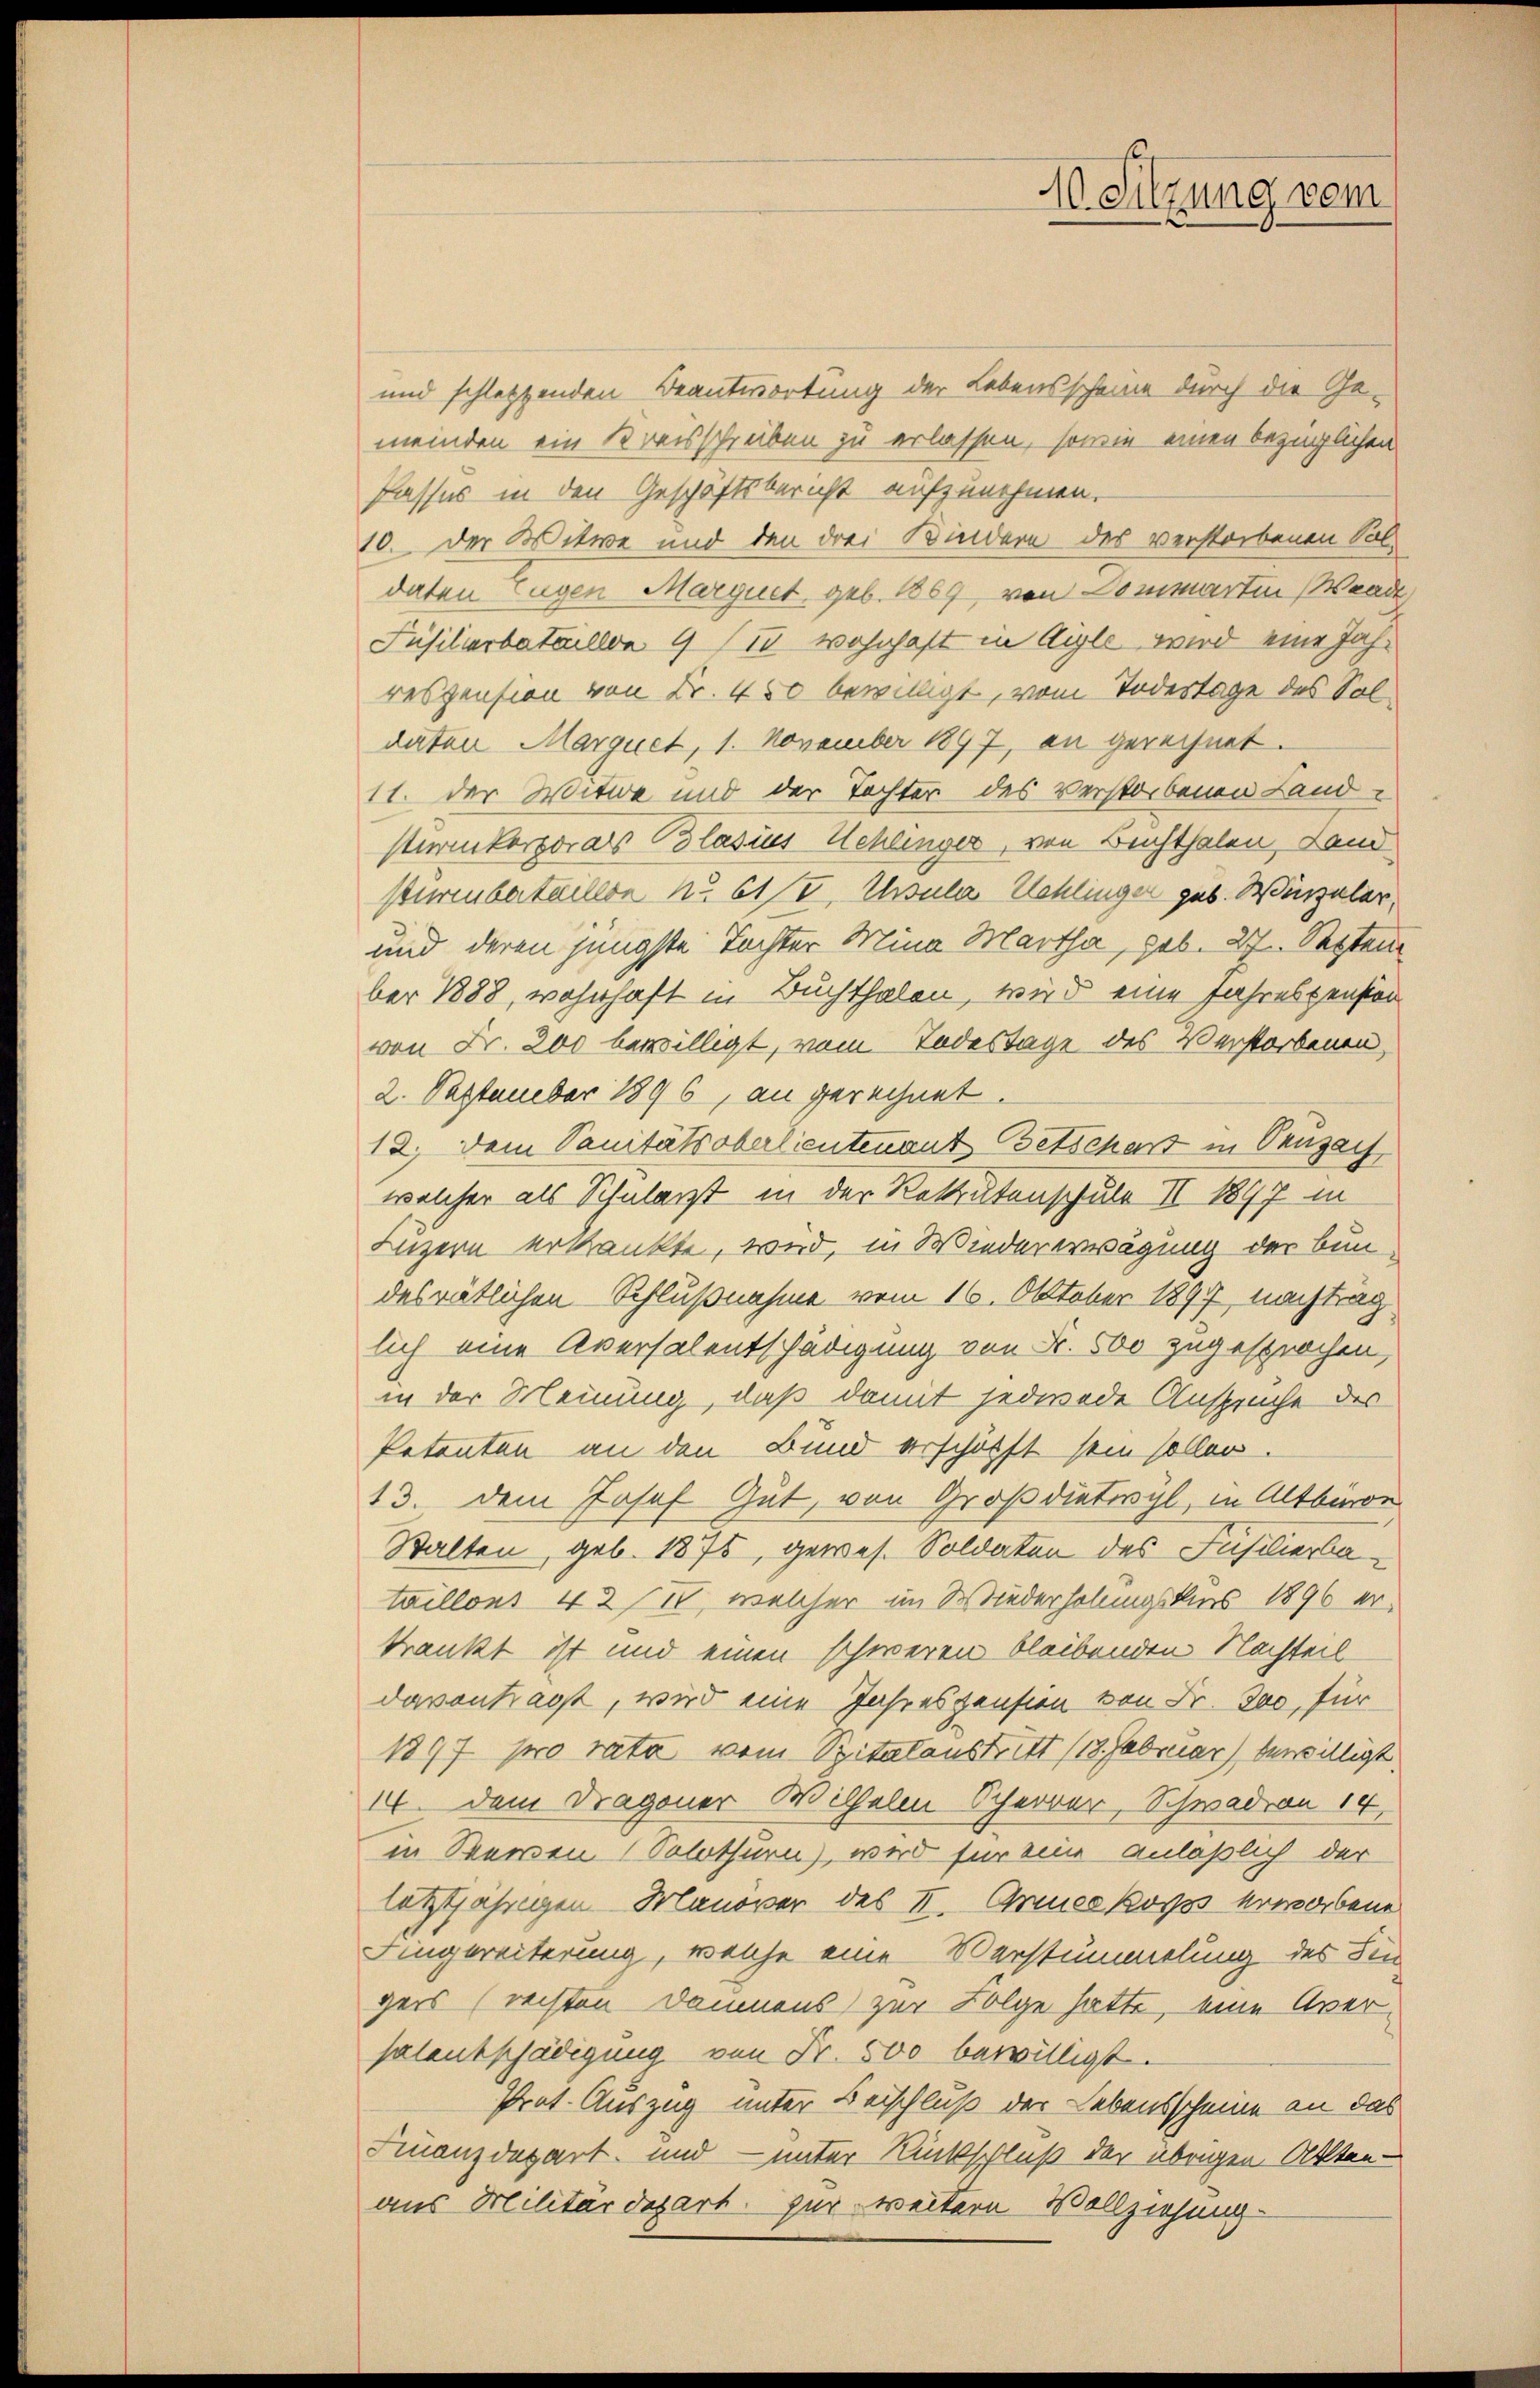
und schletztenden Beantwortung der Lebensscheine durch die Gemeinden ein Kreisschreiben zu erlassen, sowie einen bezüglichen
Passus in den Geschäftsbericht aufzunehmen.
10. der Witwe und den drei Kindern des verstorbenen Soldaten Eugen Marquet, geb. 1869, von Commartin Waad
Füsilierbataillon 9 (14 wohnhaft in Ayle wird eine Jahrespension von Fr. 450 bewilligt, vom Todestage des Soldaten Marquet, 1. November 1897, an gerechnet.
11. der Witwe und der Tochter des verstorbenen Land¬
Karikorporars Blasies Schlinger, von Beichthalen, Land
pturenbataillon No. 613, Ursula Schlinger geb. Wurzeler,
und deren jüngste Tochter Mina Martha, geb. 27. Septem
ber 1888, wohnhaft in Buchthalen, wird eine Jahrespension
von Fr. 200 bewilligt, vom Todestage des Verstorbenen,
2. September 1896, an gerechnet.
12. Dem Sanitätsoberlientenant Betschart in Penzau
welcher als Schularzt in der Rekrutenschule II 1897 in
Luzern erkankte, wird, in Wiedererwägung der Bundesrätlichen Schlußnahme vom 16. Oktober 1897 nachtrag
lich eine Aversalentschädigung von Fr. 500 zugesprochen,
in der Meinung, daß damit jederede Anspruche des
Petenten an den Bund erschöfft sein sollen.
13. dem Josef Gut, von Großdietwyl, in Altburge
Stalten, geb. 1875, gewes. Soldaten des Insilierbataillons 422, welcher im Wiederholungskurs 1896 erkrankt ist und einen schweren bleibenden Nachteil
davontragt, wird eine Jahreszension von Fr. Jac, für
1897 pro rata vom Pitatanstritt (13. Februar) bewilligt
14. Dem Dragoner Wilhelm Scherrer, Schwadon 14
in Seren Solothurn), wird für eine anläßlich der
letztjährigen Banover des II. Armeekorps erworbene
Eingereiterung, welche eine Verstümmelung des Hin
gers (rechten Dammens zur Folge hatte, eine Aversalentschädigung von Fr. 500 bewilligt.
Prot. Auszug unter Beischluß der Lebensscheine an das
Finanzdepart und — unter Rückschluß der übrigen Akten-
aus Militärdepart zur weitern Vollziehung

10. Sitzung vom